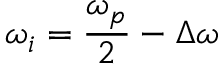
\omega _ { i } = \frac { \omega _ { p } } { 2 } - \Delta \omega